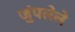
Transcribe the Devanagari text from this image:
जुंपलेले